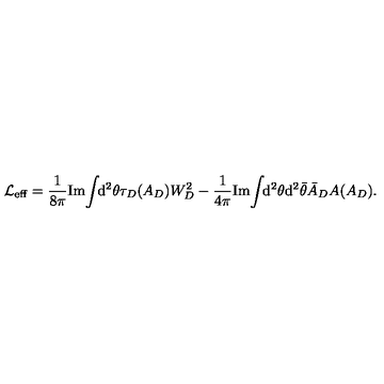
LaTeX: { \cal L } _ { \mathrm { e f f } } = \frac { 1 } { 8 \pi } \mathrm { I m } \! \int \! \! \mathrm { d } ^ { 2 } \theta \tau _ { D } ( A _ { D } ) W _ { D } ^ { 2 } - \frac { 1 } { 4 \pi } \mathrm { I m } \! \int \! \! \mathrm { d } ^ { 2 } \theta \mathrm { d } ^ { 2 } \bar { \theta } \bar { A } _ { D } A ( A _ { D } ) .